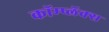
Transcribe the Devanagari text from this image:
कॉम्प्लॅक्स